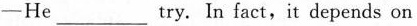
-He ___ try. In fact,it depends on